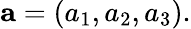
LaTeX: \mathbf{a}=(a_{1},a_{2},a_{3}).